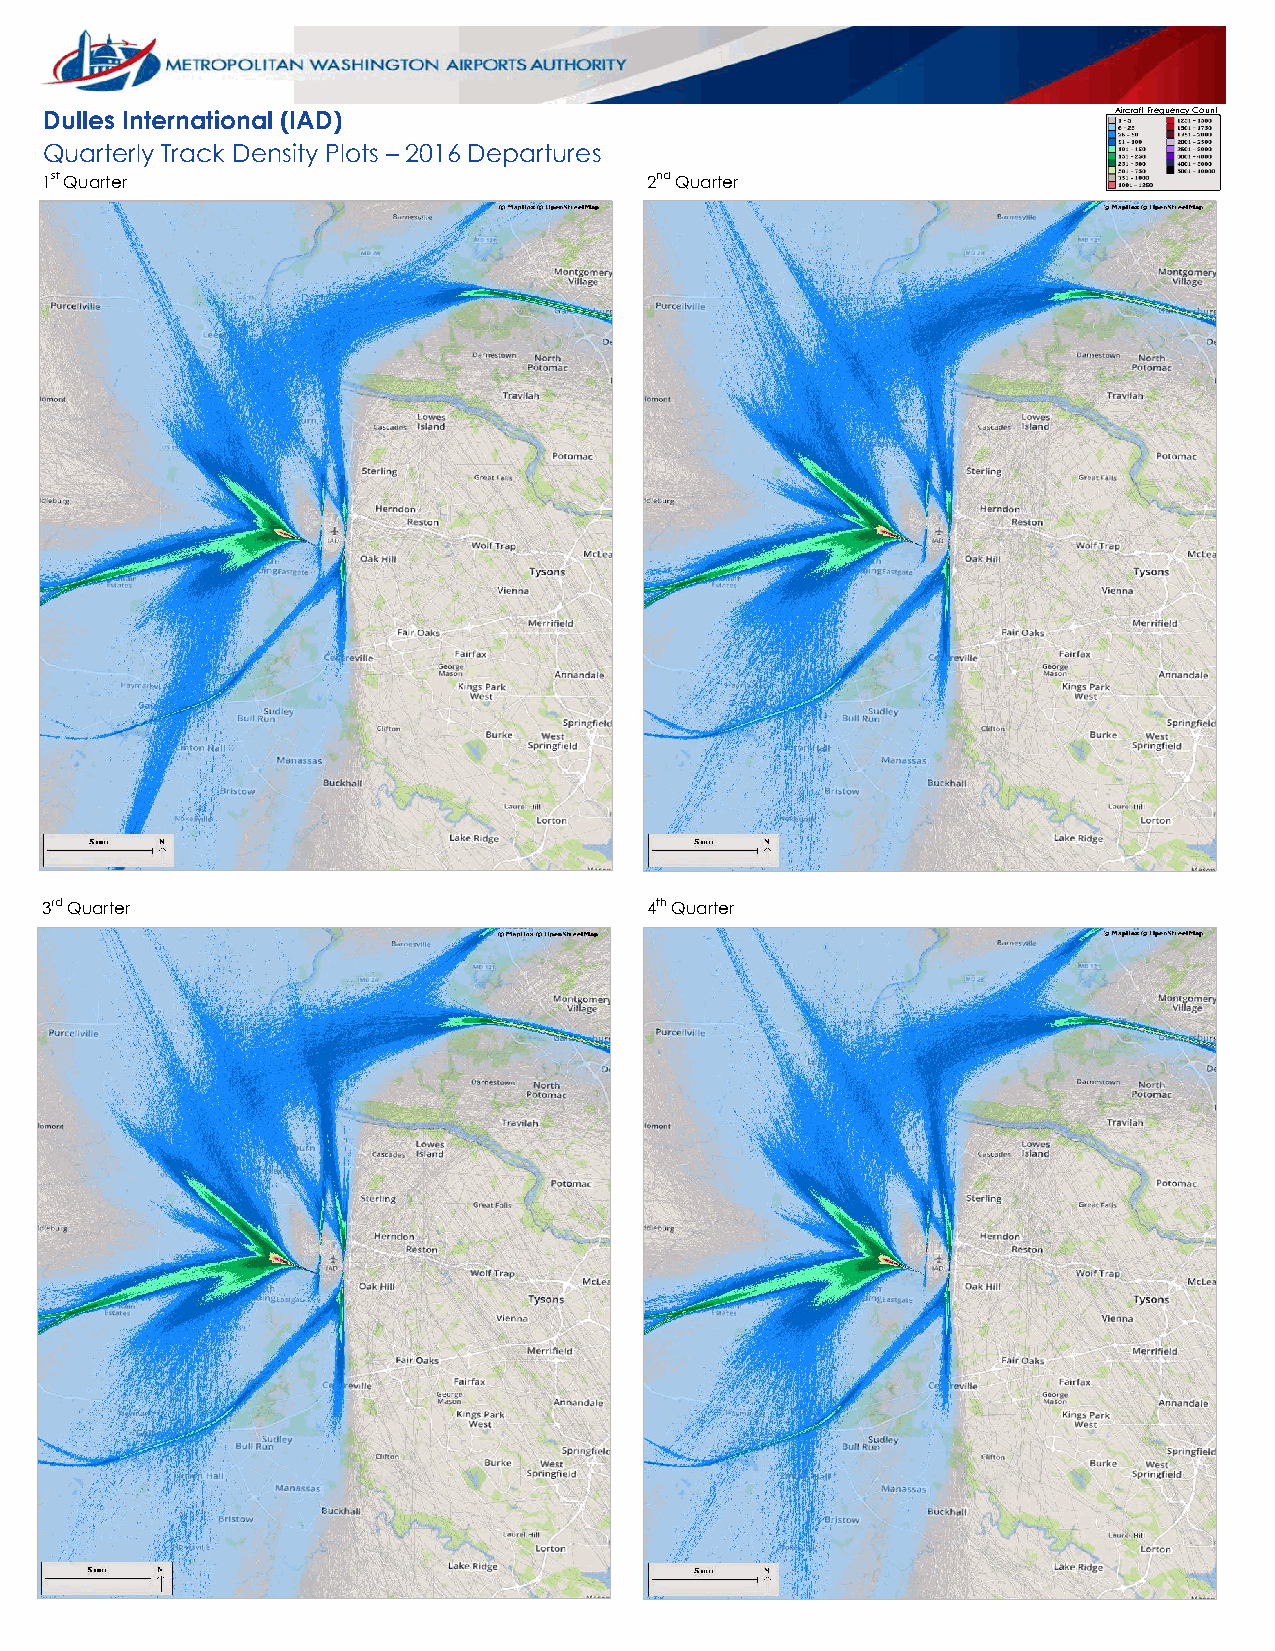
Dulles International (IAD)                                             Aircraft Frequency Count
 Quarterly Track Density Plots – 2016 Departures
 1st Quarter                             2nd Quarter
 3rd Quarter                             4th Quarter